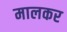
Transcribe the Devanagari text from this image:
मालकर